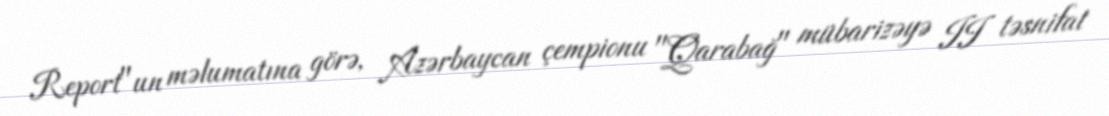
Report"un məlumatına görə, Azərbaycan çempionu "Qarabağ" mübarizəyə II təsnifat